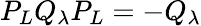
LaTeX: P_{L}Q_{\lambda}P_{L}=-Q_{\lambda}